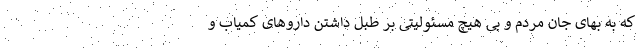
که به بهای جان مردم و بی هیچ مسئولیتی بر طبل داشتن داروهای کمیاب و